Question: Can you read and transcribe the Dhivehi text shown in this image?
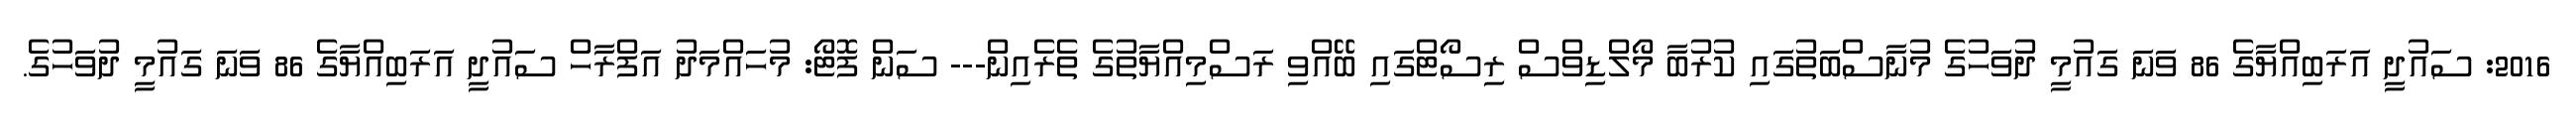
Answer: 2016: ސައުދީ އަރަބިއްޔާގެ 86 ވަނަ ގައުމީ ދުވަހުގެ މުނާސްބަތުގައި ކުރުބާ މޯލްޑިވްސް ރިސޯޓްގައި ބޭއްވި ރަސްމިއްޔާތުގެ ތެރެއިން--- ސަން ފޮޓޯ: މުހައްމަދު އަފްރާހް ސައުދީ އަރަބިއްޔާގެ 86 ވަނަ ގައުމީ ދުވަހުގެ.